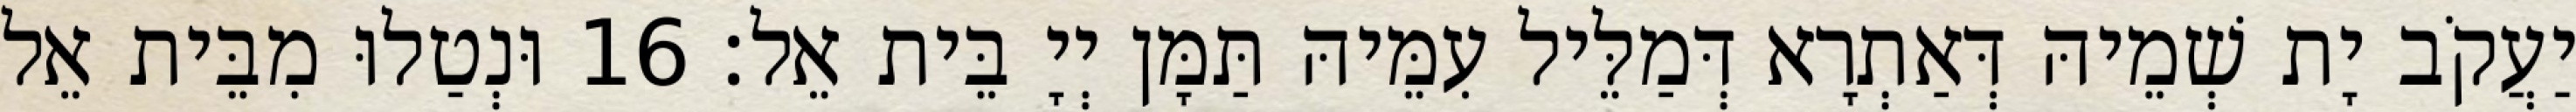
יַעֲקֹב יָת שְׁמֵיהּ דְּאַתְרָא דְּמַלֵּיל עִמֵּיהּ תַּמָּן יְיָ בֵּית אֵל׃ 16 וּנְטַלוּ מִבֵּית אֵל